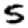
Digit: 5